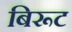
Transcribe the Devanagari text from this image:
बिरूट